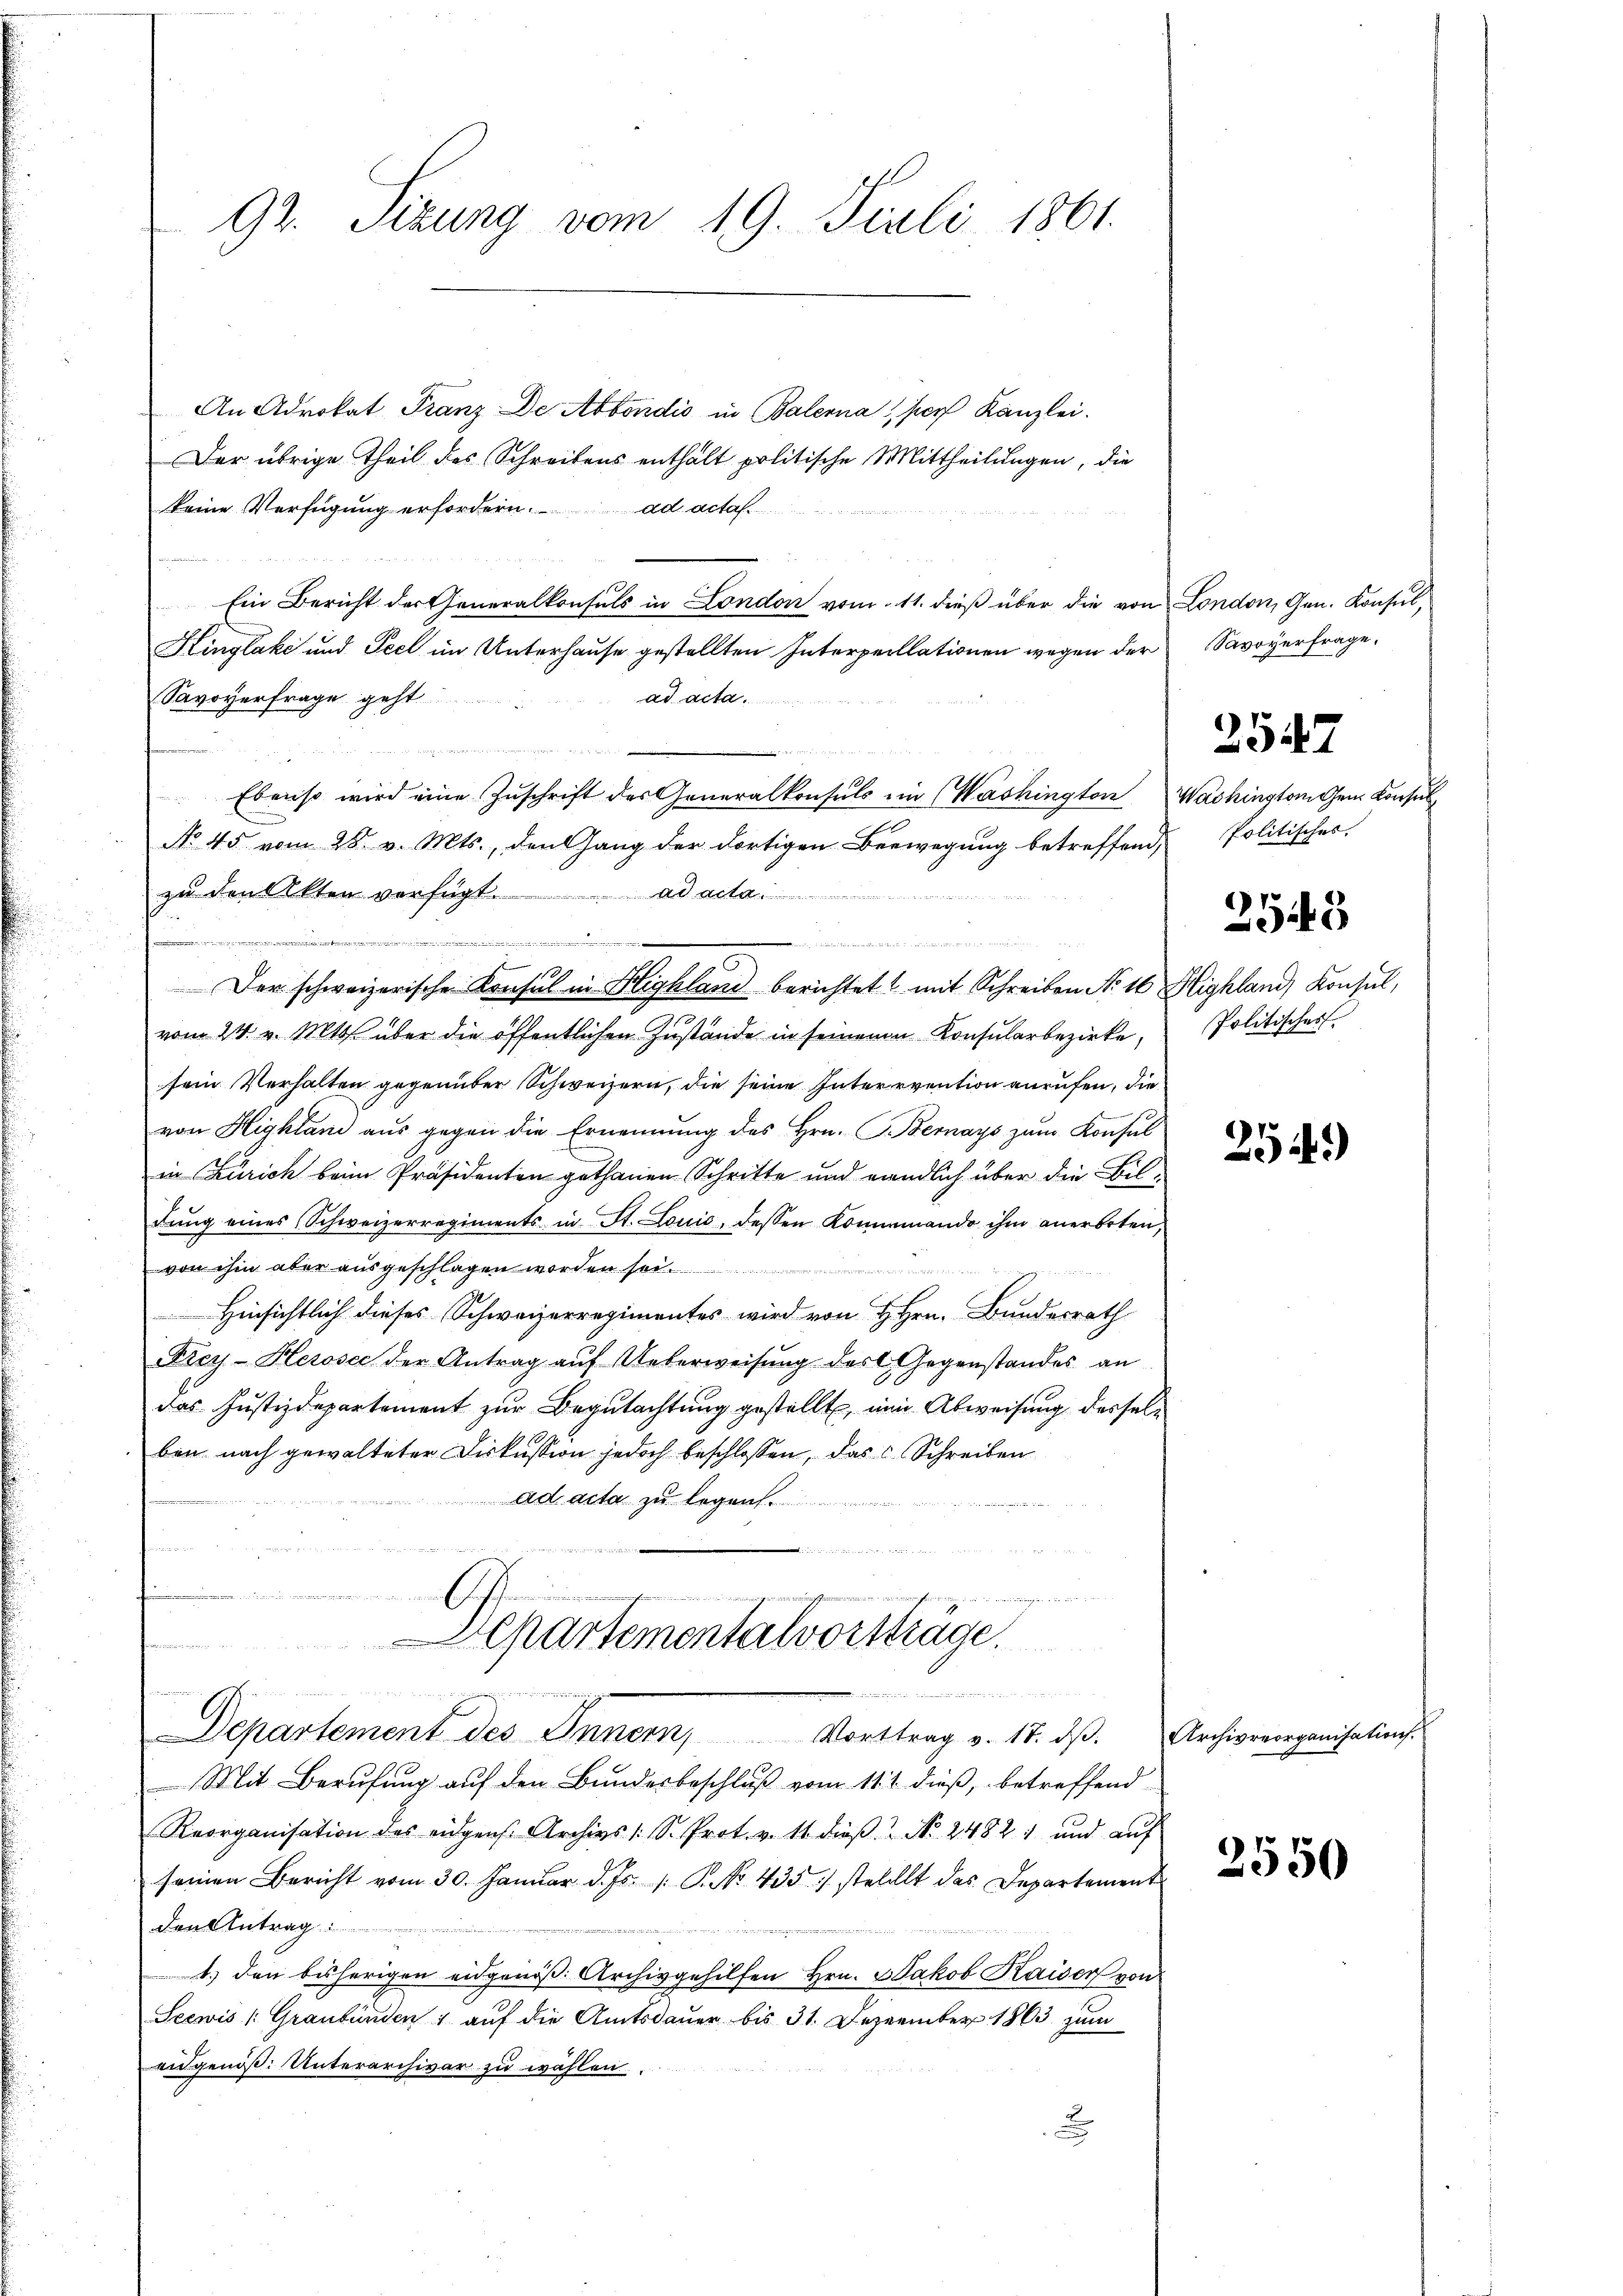
92. Sizung vom 19. Juli 1861.

An Advokat Franz De Abbondio in Balerna pers Kanzlei.
Der übrige Theil des Schreibens enthalt politische Mittheilungen, die
keine Verfügung erfordern. ad acta.
Ein Bericht der Generalkonsuls in London vom 11. dieβ über die von London, Gen. Konsul,
Kinglake und Feel im Unterhause gestellten Interpellationen wegen der Savoyerfrage.
ad acta.
Savoyerfrage geht
.
Ebenso wird eine Zuschrift des Generalkonsuls im Washington Washington den Konsul
No. 45 vom 28. v. Mts., den Gang der dortigen Bewegung betreffend,
zŭ den Akten verfügt. ad acta.
te
vom 24. v. Mts. über die öffentlichen Zustände in seinem Konsularbezirke,
sein Verhalten gegenüber Schweizern, die seine Intervention anrufen, die
von Highlan aŭs gegen die Ernennung des Hrn. F. Bernays zŭm Konsul
in Zürich beim Präsidenten gethanen Schritte und endlich über die Bildŭng eines Schweizerregiments in St. Louić, dessen Konnemando ihm anerboten,
von ihm aber ausgeschlagen worden sei.
i
Hinsichtlich dieses Schweizerregimentes wird von H. Hrn. Bundesrath
Frey-Herose der Antrag auf Ueberweisung das Gegenstandes an
das Justizdepartement zur Begutachtung gestellt, ein Abweisung desselben nach gewalteter Diskussion jedoch beschlossen, das Schreiben
ad acta zu legen
.
ewanden
.
u

e
Der schweizerische Konsul in Highland berichtet mit Schreiben No 10 Highland Konsul,

Departementalvorsträge.
id n

Departement des Innern, Vorttrag v. 17. dβ. Archivrerganisations.

Mit Berufung auf den Bundesbeschluß vom 11. 2. dieß, betreffend
Reorganisation des eidgen. Archivs 1 S. Prot. v. 11. dieβ No. 24821 und aŭf
seinen Bericht vom 30. Janŭar d. Js. 1. P. No. 435. 1 stellt das Departement
den Antrag
1.) den bisherigen eidgenöß: Archivgehilfen Hrn. Jakob Kaiser von
Seewis /: Graubünden 1 auf die Amtsdauer bis 31. Dezember 1863 zum
eidgenöß. Unterarchivar zu wählen.
x

2547

Politisches

2543

Politischer

254)

2550